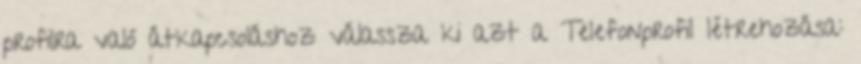
profilra való átkapcsoláshoz válassza ki azt a Telefonprofil létrehozása: